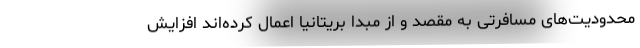
محدودیت‌های مسافرتی به مقصد و از مبدا بریتانیا اعمال کرده‌اند افزایش